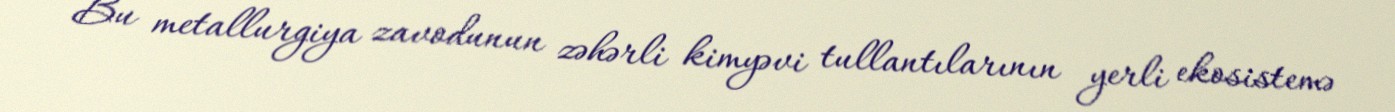
Bu metallurgiya zavodunun zəhərli kimyəvi tullantılarının yerli ekosistemə